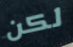
لكن